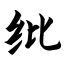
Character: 纰